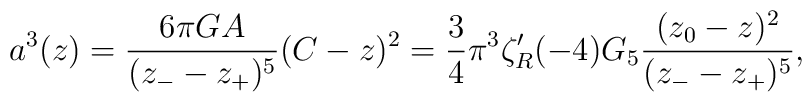
a^3(z)={6\pi G A \over (z_- -z_+)^5}(C-z)^2={{3\over 4}\pi^3 \zeta'_R(-4) G_5 }{(z_0-z)^2\over(z_- -z_+)^5},